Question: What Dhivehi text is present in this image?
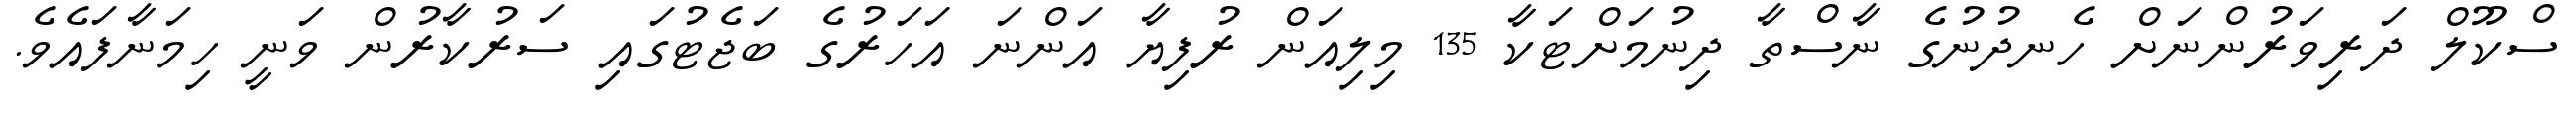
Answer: ސްކޫލް ދަރިވަރުންނަށް ހެނދުނުގެ ނާސްތާ ދިނުމަށްޓަކާ 135 މިލިއަން ރުފިޔާ އަންނަ އަހަރުގެ ބަޖެޓުގައި ސަރުކާރުން ވަނީ ހިމަނާފައެވެ.